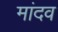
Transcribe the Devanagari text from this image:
मांदव